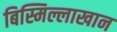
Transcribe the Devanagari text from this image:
बिस्मिल्लाखान